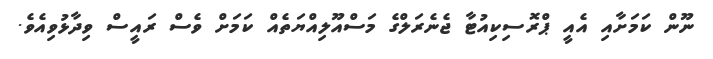
ނޫން ކަމަށާއި އެއީ ޕްރޮސިކިއުޓާ ޖެނެރަލްގެ މަސްއޫލިއްޔަތެއް ކަމަށް ވެސް ރައީސް ވިދާޅުވިއެވެ.